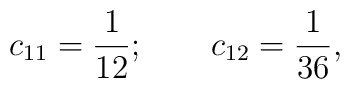
c_{11}=\frac 1{12};\qquad c_{12}=\frac 1{36},